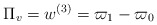
\begin{align*} \Pi_v = w^{(3)} = \varpi_1 - \varpi_0\end{align*}